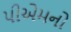
પીએમનો